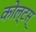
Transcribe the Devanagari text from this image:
कोल्टस्